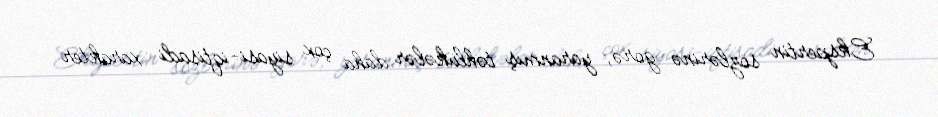
Ekspertin sözlərinə görə, yaranmış təhlükələr daha çox siyasi-iqtisadi xarakter